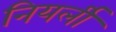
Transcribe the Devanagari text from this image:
नियर्ली